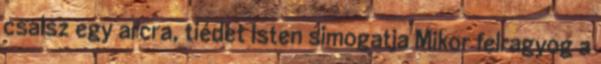
csalsz egy arcra, tiédet Isten simogatja Mikor felragyog a